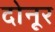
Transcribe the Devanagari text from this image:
दोनूर